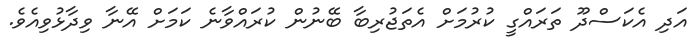
އަދި އެކަސްދޫ ތަރައްގީ ކުރުމަށް އެތަޖުރިބާ ބޭނުން ކުރައްވާނެ ކަމަށް އޭނާ ވިދާޅުވިއެވެ.